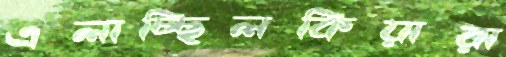
এলাচ্ছিলকিয়ারা